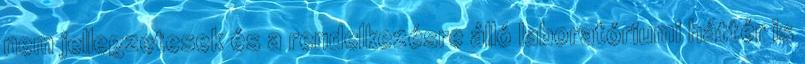
nem jellegzetesek és a rendelkezésre álló laboratóriumi háttér is